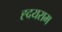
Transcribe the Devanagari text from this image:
ह्दयराम